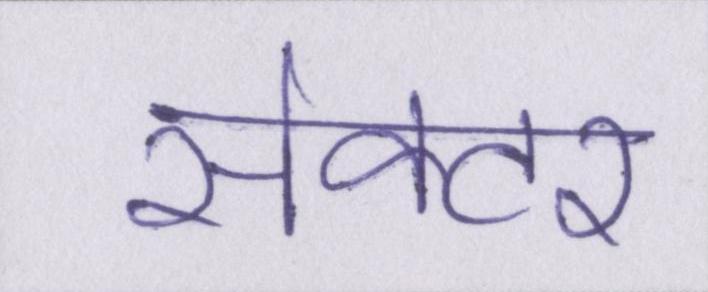
सेक्टर